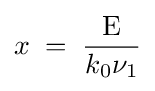
x\;=\;{\frac {\text{E}}{k_{0}\nu _{1}}}